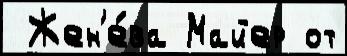
 Жен'е́ва Майер от